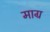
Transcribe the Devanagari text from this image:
माग्र